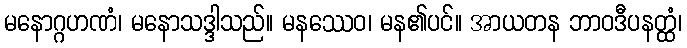
မနောဂ္ဂဟဏံ၊ မနောသဒ္ဒါသည်။ မနဿေဝ၊ မန၏ပင်။ အာယတန ဘာဝဒီပနတ္ထံ၊